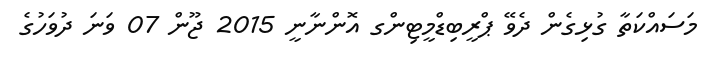
މަސައްކަތާ ގުޅިގެން ދެވޭ ޕްރީބިޑްމީޓިންގ އޮންނާނީ 2015 ޖޫން 07 ވަނަ ދުވަހުގެ